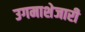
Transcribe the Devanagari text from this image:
उगमाशेजारी